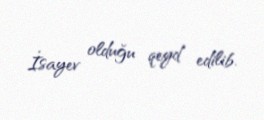
İsayev olduğu qeyd edilib.